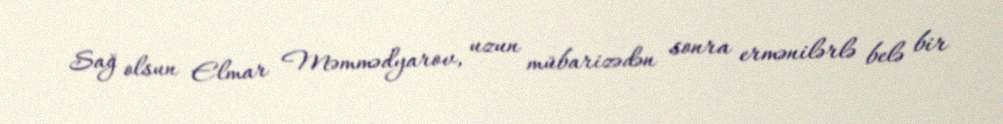
Sağ olsun Elmar Məmmədyarov, uzun mübarizədən sonra ermənilərlə belə bir